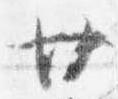
廿